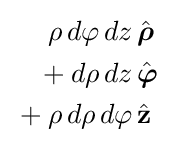
{\begin{aligned}\rho \,d\varphi \,dz&\,{\hat {\boldsymbol {\rho }}}\\{}+d\rho \,dz&\,{\hat {\boldsymbol {\varphi }}}\\{}+\rho \,d\rho \,d\varphi &\,{\hat {\mathbf {z} }}\end{aligned}}